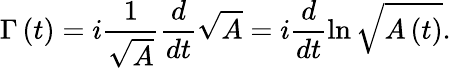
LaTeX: \Gamma\left(t\right)=i\frac{1}{\sqrt{A}}\frac{d}{dt}\sqrt{A}=i\frac{d}{dt}\ln\sqrt{A\left(t\right)}.